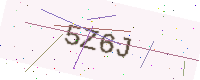
Text: 5Z6J